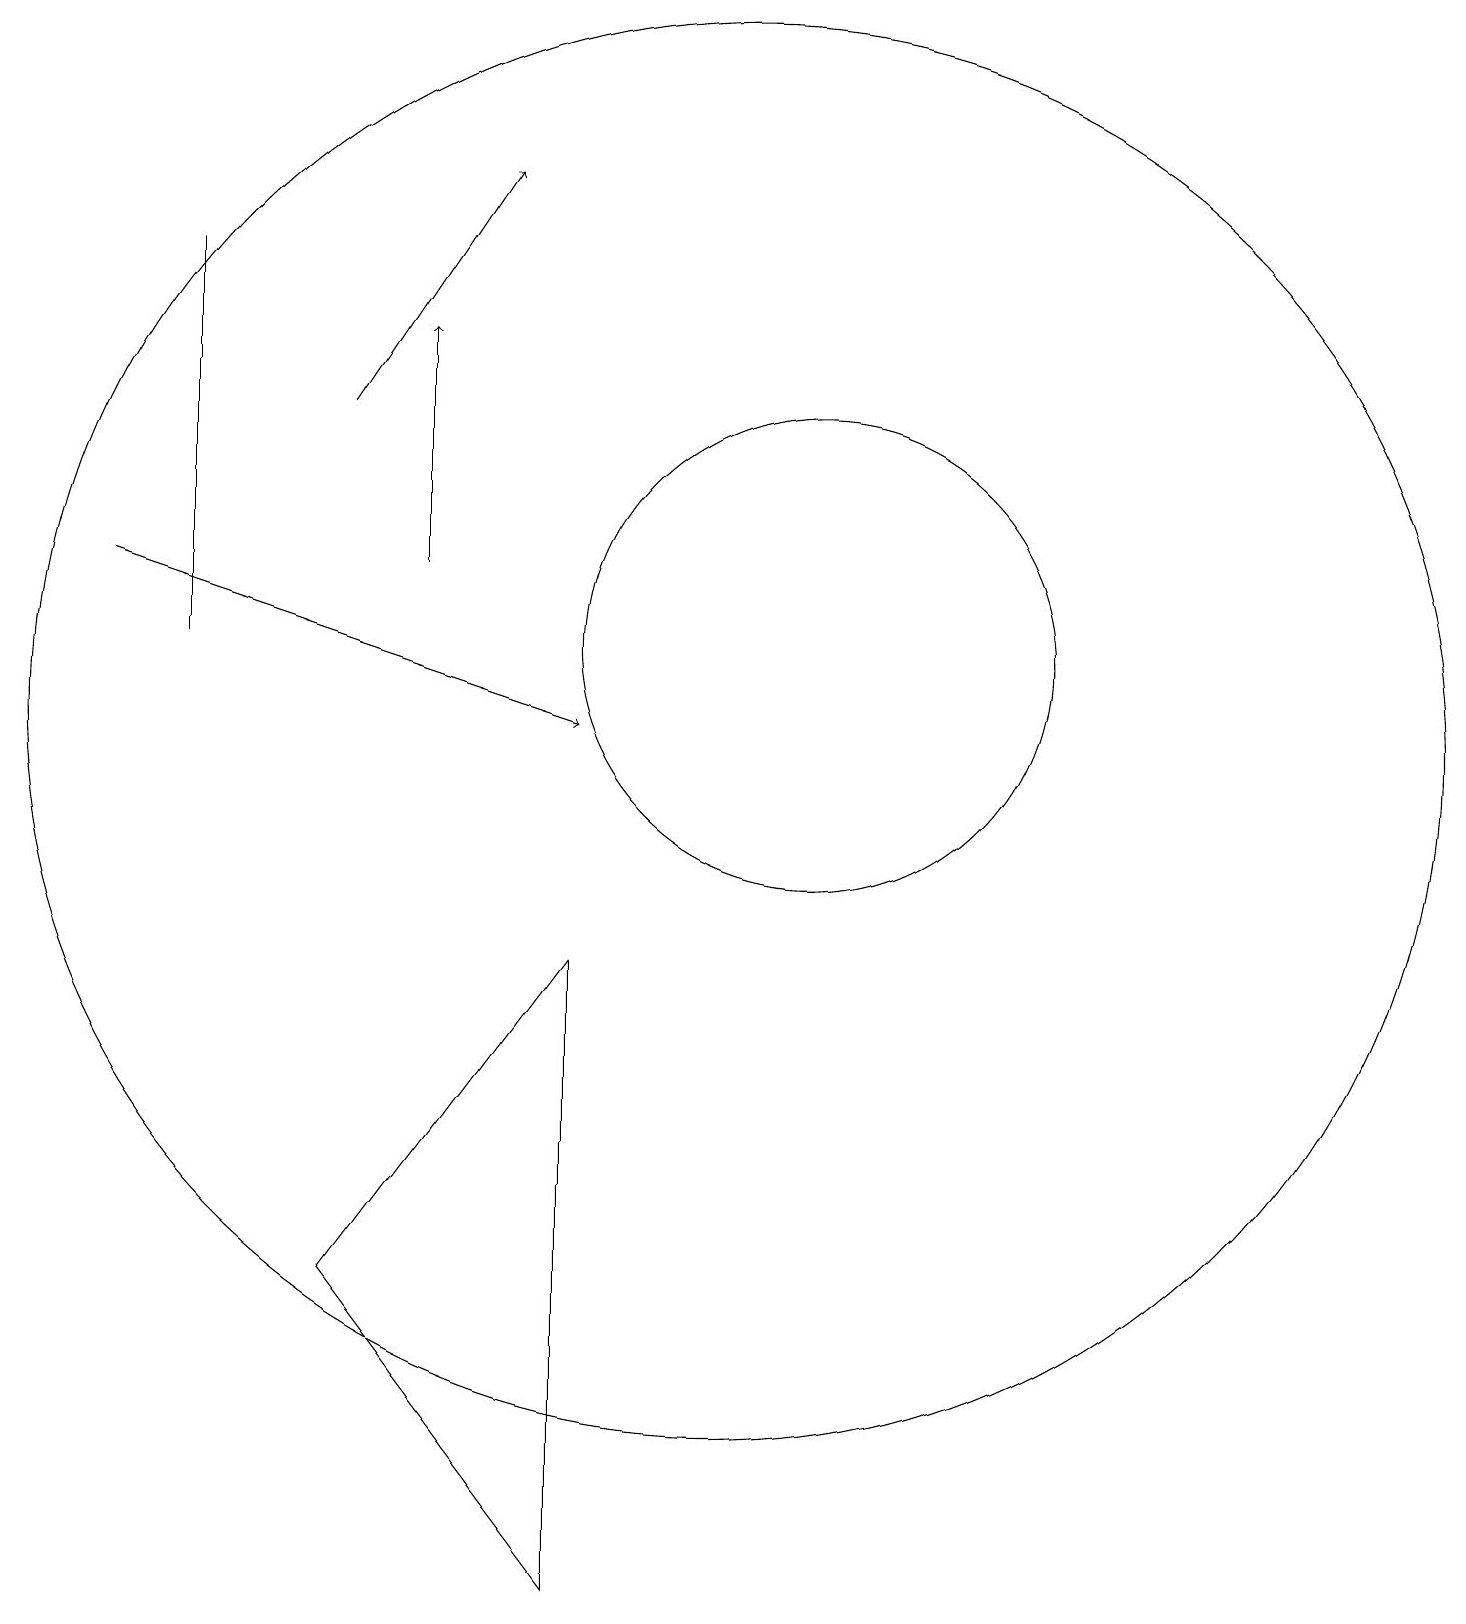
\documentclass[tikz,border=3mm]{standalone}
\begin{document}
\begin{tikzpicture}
\draw[->] (3,13) -- (9,11);
\draw (12,12) circle (3);
\draw (11,11) circle (9);
\draw[->] (7,13) -- (7,16);
\draw (4,17) rectangle (4,12);
\draw (9,8) -- (9,0) -- (6,4) -- cycle;
\draw[->] (6,15) -- (8,18);
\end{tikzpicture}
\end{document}